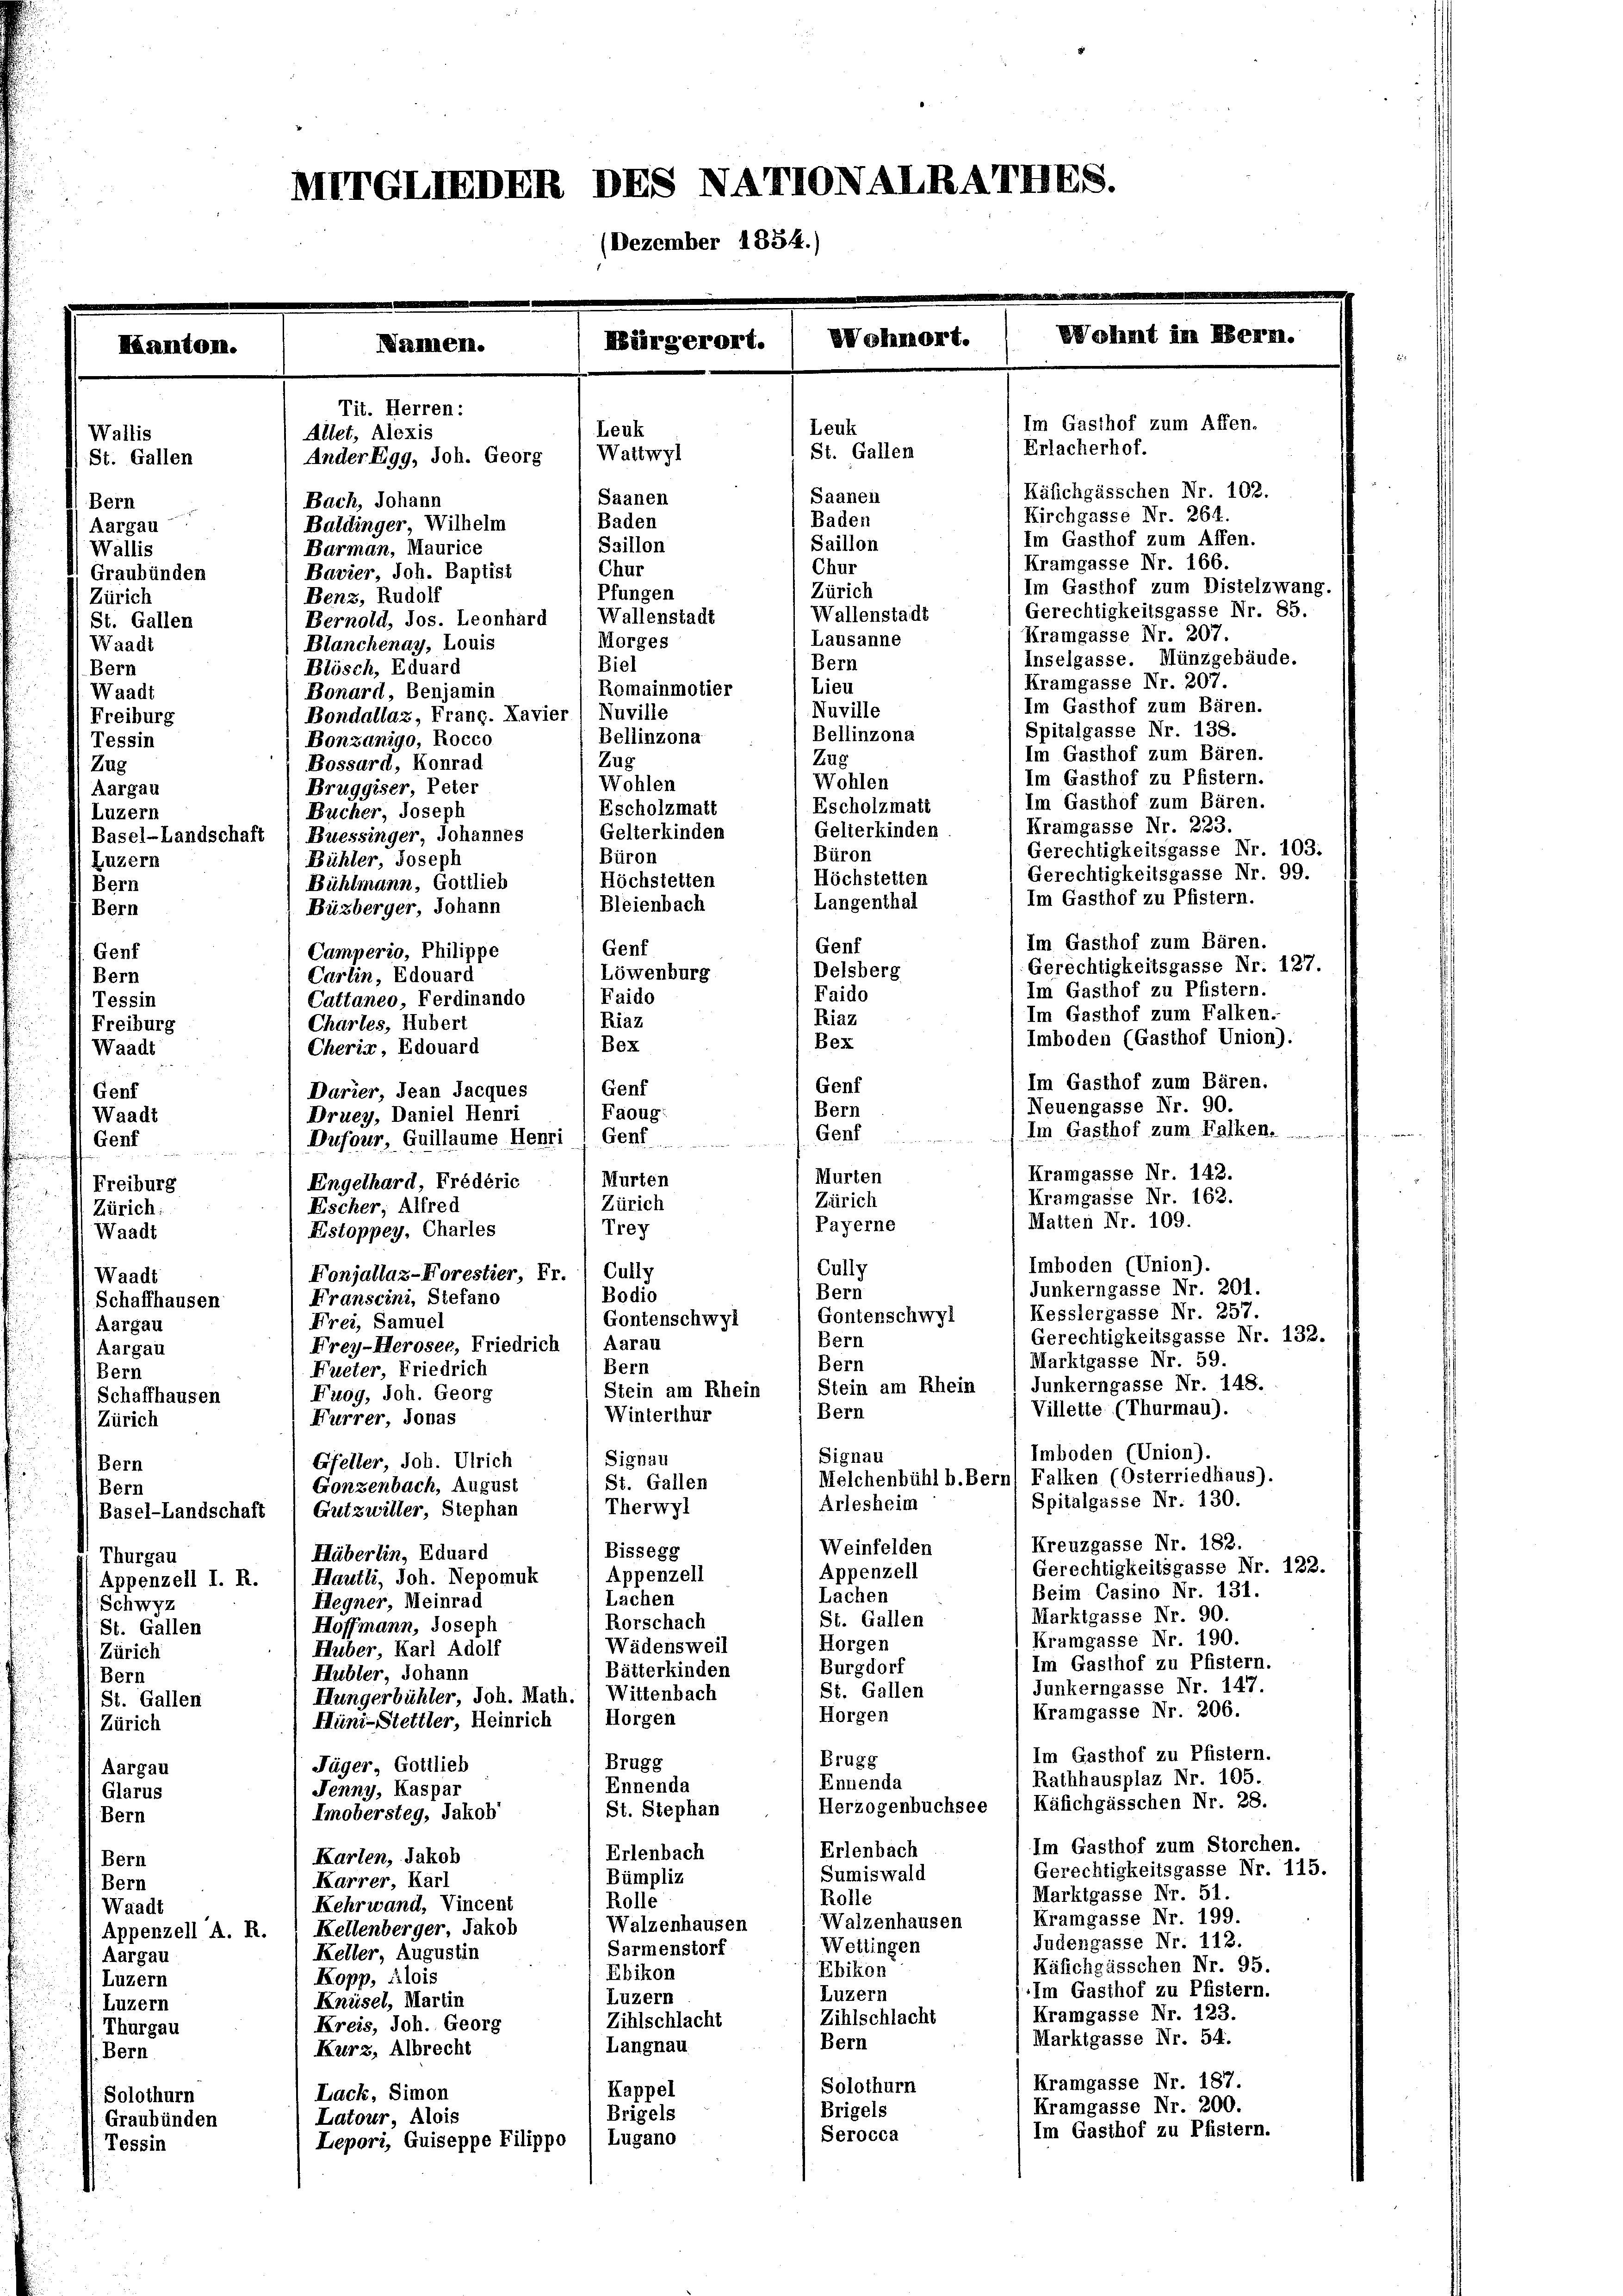
de

Wallis
St. Gallen
Bern
Aargau
Wallis
Graubünden
Zürich
St. Gallen
Waadt
Bern
Waadt
Freiburg
Tessin
Zug
Aargau
Luzern
Bern
Genf
Bern
Tessin
Freiburg
Waadt
Genf
Waadt
Genf
Freiburg
Zürich:
Waadt
Waadt
Schaffhausen
Aargau
Aargau
Bern
Schaffhausen
Zürich
Bern
Bern
Basel-Landschaft
Thurgau
Appenzell I. R.
Schwyz
St. Gallen
Zürich
Bern
St. Gallen
Zürich
Aargau
Glarus

Luzern
Bern

Tossin

Im Gasthof zum Affen.
Erlacherhof.
Käfichgässchen Nr. 102.
Kirchgasse Nr. 261.
Im Gasthof zum Affen.
Kramgasse Nr. 166.
Im Gasthof zum Distelzwang.
Gerechtigkeitsgasse Nr. 85.
Kramgasse Nr. 207.
Inselgasse. Münzgebäude.
Kramgasse Nr. 207.
Im Gasthof zum Bären.
Spitalgasse Nr. 138.
Im Gasthof zum Bären.
Im Gasthof zu Pfistern.
Im Gasthof zum Bären.
Kramgasse Nr. 223.
Gelterkinden
Gerechtigkeitsgasse Nr. 103.
Gerechtigkeitsgasse Nr. 99.
Höchstetten
Im Gasthof zu Pfistern.
Im Gasthof zum Bären.
Gerechtigkeitsgasse Nr. 127.
Im Gasthof zu Pfistern.
Im Gasthof zum Falken.
Riaz
Imboden (Gasthof Union).
Bez
Im Gasthof zum Bären.
Genf
Genf
(Neuengasse Nr. 90.
Bern
Faoug:
Im Gasthof zum Falken. .....
Genf
Dufour, Guillaume Henri ) Genf.
Kramgasse Nr. 142.
Murten
Murten
Engelhard, Frédéric
Kramgasse Nr. 162.
Zürich
Zürich
Escher, Alfred
Matten Nr. 109.
Payerne
Trey
Estoppey, Charles
Imboden (Union).
Cully
Fonjallaz-Forestier, Fr. 1 Cully
Junkerngasse Nr. 201.
Bern
Bodio
Franscini, Stefano
Kesslergasse Nr. 257.
Gontenschwyl
Gontenschwyl
Frei, Samuel
Gerechtigkeitsgasse Nr. 132.
Bern
Frey-Herosee, Friedrich (Aarau
Marktgasse Nr. 59.
Bern
Bern
Fueter, Friedrich
Junkerngasse Nr. 148.
Stein am Rhein
Stein am Rhein
Fuog, Joh. Georg
Villette (Thurmau).
Bern
Winterthur
Furrer, Jonas
Imboden (Union).
Signau
Signau
Gfeller, Joh. Ulrich
Falken (Osterriedhaus).
Melchenbühl b. Bern
St. Gallen
Gonzenbach, August
Spitalgasse Nr. 130.
Arlesheim
Therwyl
Gutzwiller, Stephan
Kreuzgasse Nr. 182.
Weinfelden
Bissegg
Hüberlin, Eduard
Gerechtigkeitsgasse Nr. 122.
Appenzell
Appenzell
Hautki, Joh. Nepomuk
Beim Casino Nr. 131.
Lachen
Lachen
Hegner, Meinrad
Marktgasse Nr. 90.
St. Gallen
Rorschach
Hoffmann, Joseph
Kramgasse Nr. 190.
Horgen
Wädensweil
Huber, Karl Adolf
Im Gasthof zu Pfistern.
Burgdorf
Bätterkinden
Hubler, Johann
Junkerngasse Nr. 147.
St. Gallen
Hungerbühler, Joh. Math. (Wittenbach
Kramgasse Nr. 206.
Horgen
Horgen
Hüni-Stettler, Heinrich
Im Gasthof zu Pfistern.
Brugg
Brugg
Jäger, Gottlieb
Rathhausplaz Nr. 105.
Ennenda
Ennenda
Jenny, Kaspar
Käfichgässchen Nr. 28.
Herzogenbuchsee
St. Stephan
Imobersteg, Jakob
Im Gasthof zum Storchen.
Erlenbach
Erlenbach
Karten, Jakob
Gerechtigkeitsgasse Nr. 115.
Sumiswald
Bümpliz
Karrer, Karl
Marktgasse Nr. 51.
Rolle
Rolle
Kehrwand, Vincent
Kramgasse Nr. 199.
Walzenhausen
Walzenhausen
Kellenberger, Jakob
Judengasse Nr. 112.
Wettingen
Sarmenstorf
Keller, Augustin
Käfichgässchen Nr. 95.
Ebikon
Ebikon
Kopp, (lois
Im Gasthof zu Pfistern.
Luzern
Luzern
Knüsel, Martin
Kramgasse Nr. 123.
Zihlschlacht
Zihlschlacht
Kreis, Joh. Georg
Marktgasse Nr. 54.
Bern
Langnau
Kurz, Albrecht
Kramgasse Nr. 187.
Solothurn
Kappel
Lack, Simon
Kramgasse Nr. 200.
Brigels
Brigels
Latour, Alois
Im Gasthof zu Pfistern.
Serocca
Lugano
Lepori, Guiseppe Filippo

Bern
Bern
Waadt
Appenzell A. R.
Aargau
Luzern
Luzern
Thurgau
Bern
Solothurn
Graubünden

METGLIEDER DES NATTONALRATHES.
(Dezember 1854.)

Bürgerort.
Tit. Herren:
Leuk
Allet, Alexis
Wattwyl
Ander Egg, Joh. Georg
Saanen
Bach, Johann
Baden
Baldinger Wilhelm
Barman, Maurice
Bavier, Joh. Baptist
Benz, Rudolf
Wallenstadt
Bernold, Jos. Leonhard
Morges
Blanchenay, Louis
Biel
Blösch, Eduard
Romainmotier
Bonard, Benjamin
Bondallaz, Frang. Kavier) Nuville
Bellinzona
Bonzanigo, Rocco
Zug
Bossard, Konrad
Wohlen
Bruggiser, Peter
Escholzmatt
Bucher, Joseph
Gelterkinden
Basel-Landschaft (Buessinger, Johannes
Büron
Bühler, Joseph
Höchstetten
Bühlmann, Gottlich
Bleienbach
Büzberger, Johann
Genf
Camperio, Philippe
Löwenburg
Carlin, Edouard
Faido
Cattaneo, Ferdinando
Riaz
Chartes, Hubert
Bex
Cherig, Edouard

amnen.

Darier, Jean Jacques
Druey, Daniel Henri

Saillon

Chur
Pfungen

Bellinzona
Zug
Wohlen
Escholzmatt
Büron
Langenthal
Genf
Delsberg
Faido

Wohnne

Leuk
St. Gallem
Saanenl
Baden
Saillon
Chur
Zürich
Wallenstadt
Lausanne
Bern
Lieu
Nuville

Wohnt im Bern.